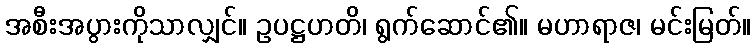
အစီးအပွားကိုသာလျှင်။ ဥပဋ္ဌဟတိ၊ ရွက်ဆောင်၏။ မဟာရာဇ၊ မင်းမြတ်။